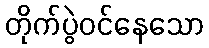
တိုက်ပွဲဝင်နေသော